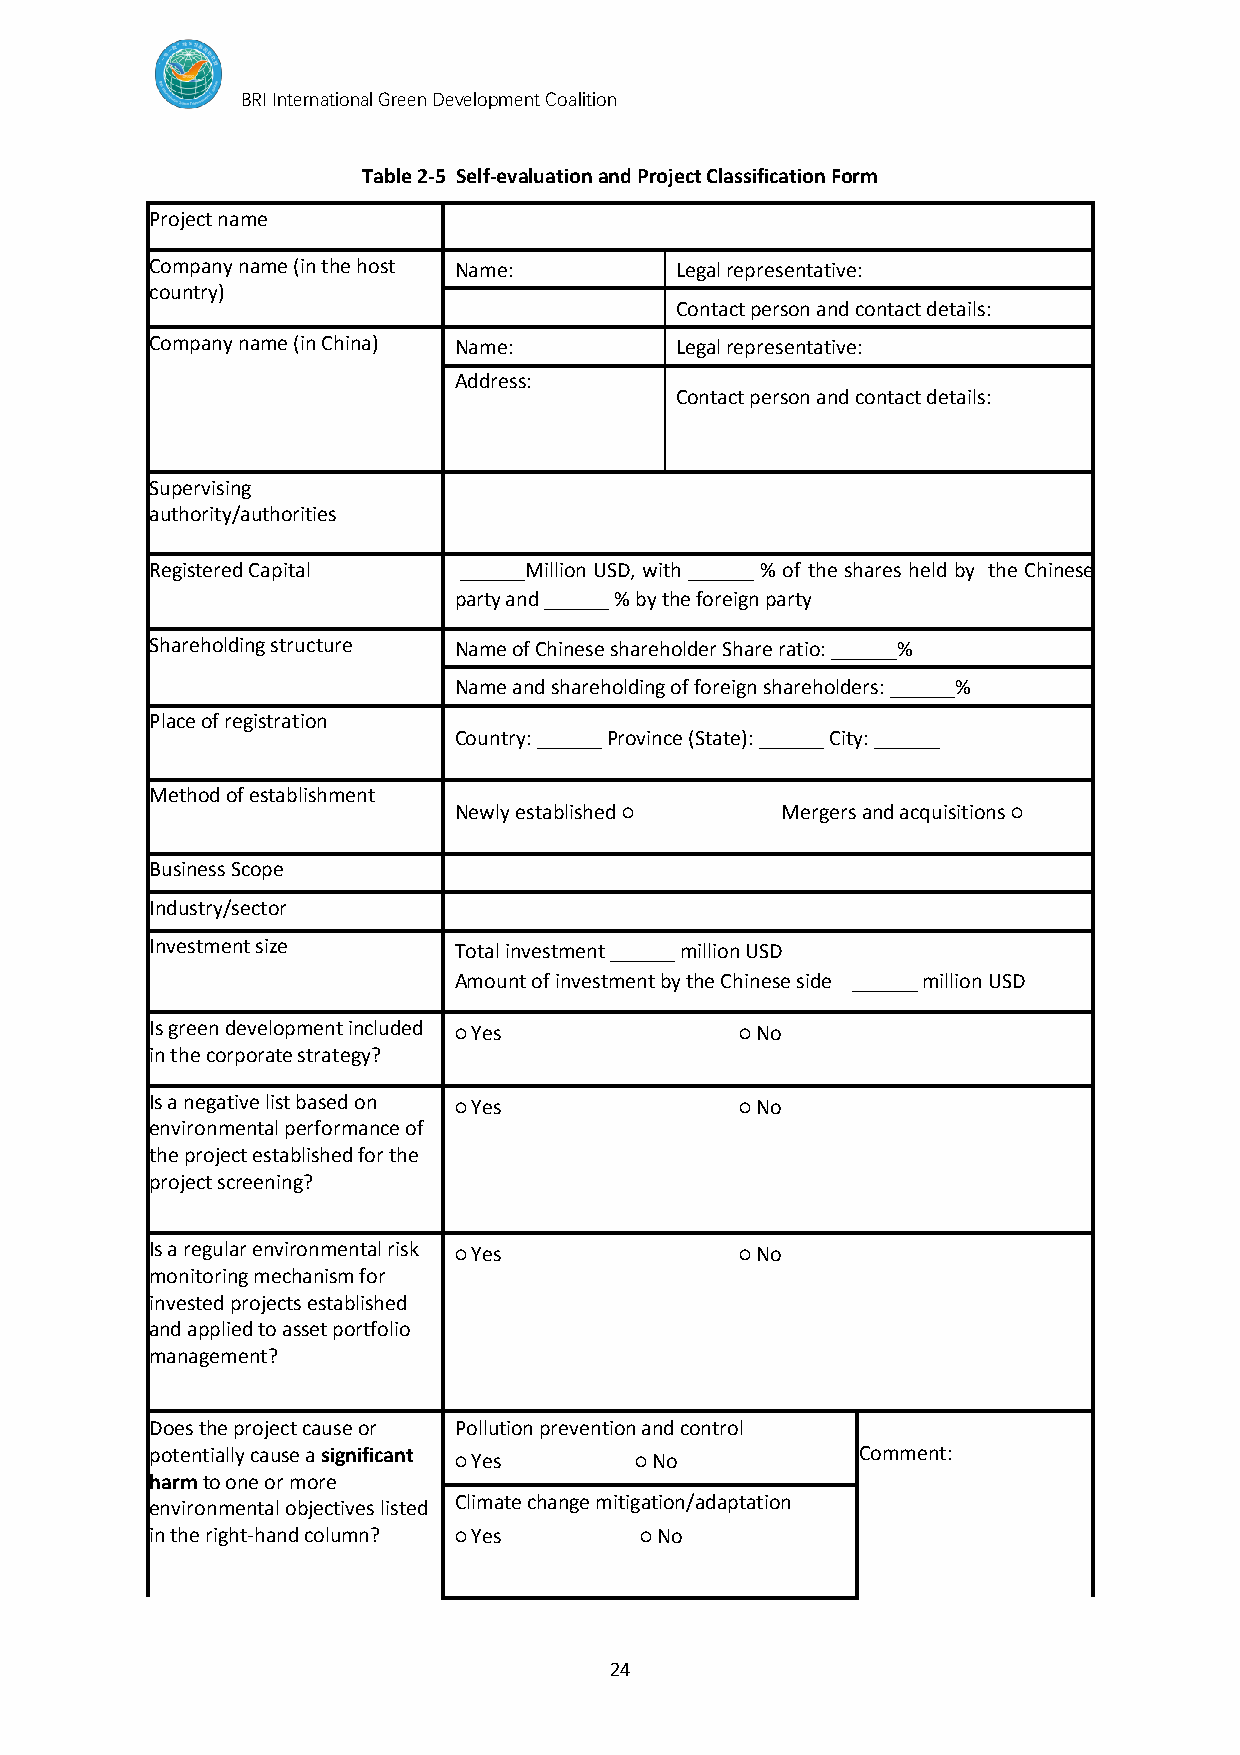
BRI International Green Development Coalition
 Table 2-5 Self-evaluation and Project Classification Form
 Project name
 Company name (in the host Name:    Legal representative:
 country)
 Contact person and contact details:
 Address: xxx
 Company name (in China) Name:      Legal representative:
 Address:
 Contact person and contact details:
 Supervising
 authority/authorities
 Registered Capital  ______Million USD, with ______ % of the shares held by the Chinese
 party and ______ % by the foreign party
 Shareholding structure Name of Chinese shareholder Share ratio: ______%
 Name and shareholding of foreign shareholders: ______%
 Place of registration
 Country: ______ Province (State): ______ City: ______
 Method of establishment
 Newly established ○   Mergers and acquisitions ○
 Business Scope
 Industry/sector
 Investment size     Total investment ______ million USD
 Amount of investment by the Chinese side ______ million USD
 Is green development included ○ Yes    ○ No
 in the corporate strategy?
 Is a negative list based on ○ Yes      ○ No
 environmental performance of
 the project established for the
 project screening?
 Is a regular environmental risk ○ Yes  ○ No
 monitoring mechanism for
 invested projects established
 and applied to asset portfolio
 management?
 Does the project cause or Pollution prevention and control
 potentially cause a significant                Comment:
 ○ Yes       ○ No
 harm to one or more
 environmental objectives listed Climate change mitigation/adaptation
 in the right-hand column? ○ Yes ○ No
 24